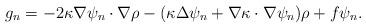
LaTeX: \begin{align*}g_n=-2\kappa\nabla\psi_n\cdot\nabla\rho-(\kappa\Delta\psi_n+\nabla\kappa\cdot\nabla\psi_n)\rho+f\psi_n.\end{align*}